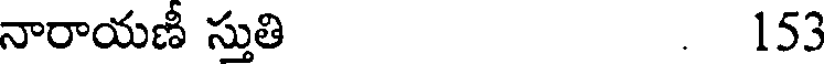
నారాయణీ స్తుతి . 153